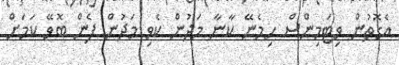
އެގޮތުން ވިޓަމިންސް ހިމެނޭ ކާނާ މަދުން ކެވި މަދުން ފެން ބޮވޭ ކަމަށް